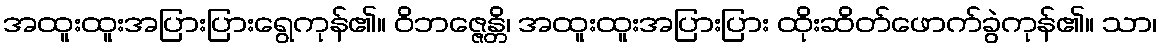
အထူးထူးအပြားပြားရွေကုန်၏။ ဝိဘဇ္ဇေန္တိ၊ အထူးထူးအပြားပြား ထိုးဆိတ်ဖောက်ခွဲကုန်၏။ သာ၊